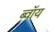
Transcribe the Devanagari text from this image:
ब्‍वॉय